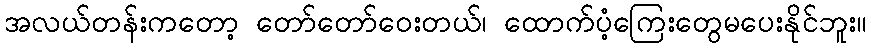
အလယ်တန်းကတော့ တော်တော်ဝေးတယ်၊ ထောက်ပံ့ကြေးတွေမပေးနိုင်ဘူး။